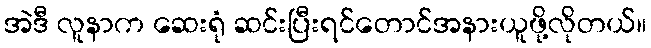
အဲဒီ လူနာက ဆေးရုံ ဆင်းပြီးရင်တောင်အနားယူဖို့လိုတယ်။